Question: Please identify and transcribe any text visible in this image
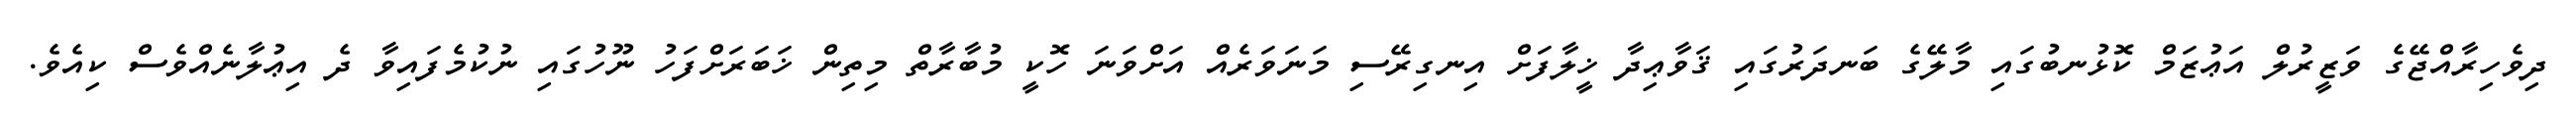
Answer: ދިވެހިރާއްޖޭގެ ވަޒީރުލް އަޢުޒަމް ކޮޅުނބުގައި މާލޭގެ ބަނދަރުގައި ޤަވާޢިދާ ޚީލާފަށް އިނގިރޭސި މަނަވަރެއް އަށްވަނަ ހޮކީ މުބާރާތް މިތިން ޚަބަރަށްފަހު ނޫހުގައި ނުކުމެފައިވާ ދެ އިޢުލާނެއްވެސް ކިއެވެ.